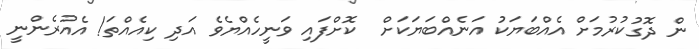
ން ދޮގުކުރުމަށް އެއްބަޔަކު އަނެއްބަޔަކަށް  ކޮށްފައި ވަނީހެއްޔެވެ އަދި ކިއެއްތަ! އެއުރެންނީ